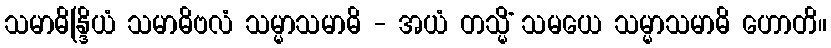
သမာဓိန္ဒြိယံ သမာဓိဗလံ သမ္မာသမာဓိ - အယံ တသ္မိံ သမယေ သမ္မာသမာဓိ ဟောတိ။